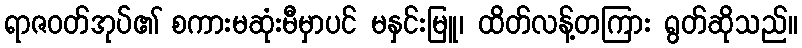
ရာဇဝတ်အုပ်၏ စကားမဆုံးမီမှာပင် မနှင်းမြူ၊ ထိတ်လန့်တကြား ရွတ်ဆိုသည်။